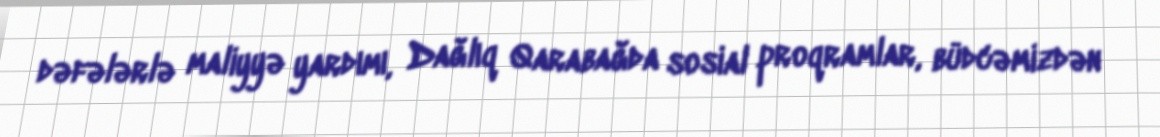
dəfələrlə maliyyə yardımı, Dağlıq Qarabağda sosial proqramlar, büdcəmizdən